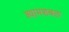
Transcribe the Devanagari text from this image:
श्यामशबल